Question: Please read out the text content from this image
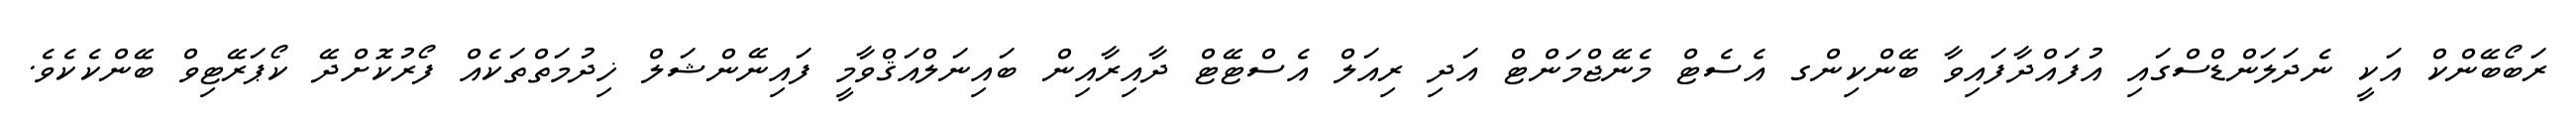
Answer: ރަބޯބޭންކް އަކީ ނެދަލަންޑްސްގައި އުފައްދާފައިވާ ބޭންކިންގ އެސެޓް މެނޭޖްމަންޓް އަދި ރިއަލް އެސްޓޭޓް ދާއިރާއިން ބައިނަލްއަޤްވާމީ ފައިނޭންޝަލް ޚިދުމަތްތަކެއް ފޯރުކޮށްދޭ ކޯޕަރޭޓިވް ބޭންކެކެވެ.